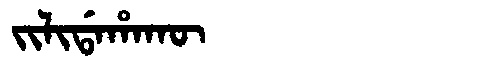
Manchu: ᠵᡳᠯᡳᡩᠠᡥᠠᡴᡡ
Romanization: JILIDAHAKŪ